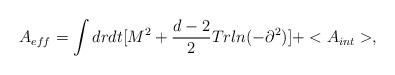
LaTeX: \begin{align*}A_{eff}=\int drdt[M^2+\frac{d-2}{2}Trln(-\partial^2)]+<A_{int}>,\end{align*}